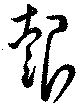
報